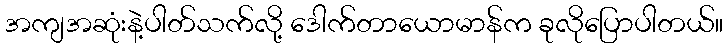
အကျအဆုံးနဲ့ပါတ်သက်လို့ ဒေါက်တာယောမာန်က ခုလိုပြောပါတယ်။